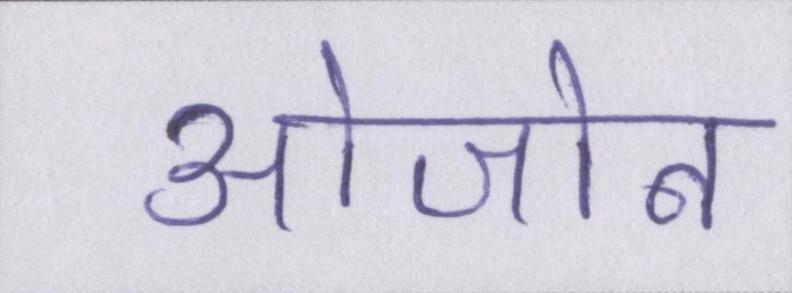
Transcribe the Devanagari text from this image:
ओजोन